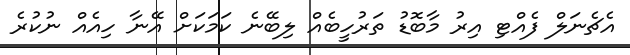
އެޗެނަލް ފެއްޓި އިރު މާބޮޑު ތަރުހީބެއް ލިބޭނެ ކަމަކަށް އޭނާ ހިއެއް ނުކުރެ